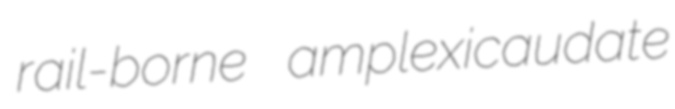
rail-borne amplexicaudate